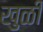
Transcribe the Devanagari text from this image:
खुळी